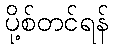
ပို့စ်တင်ရန်